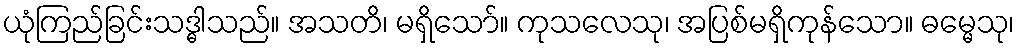
ယုံကြည်ခြင်းသဒ္ဓါသည်။ အသတိ၊ မရှိသော်။ ကုသလေသု၊ အပြစ်မရှိကုန်သော။ ဓမ္မေသု၊